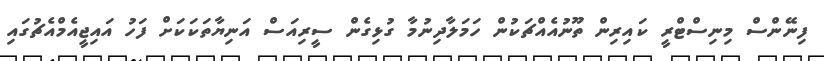
ފިނޭންސް މިނިސްޓްރީ ކައިރިން ތޫނުއެއްޗަކުން ހަމަލާދިނުމާ ގުޅިގެން ސީރިއަސް އަނިޔާތަކަކަށް ފަހު އައިޖީއެމްއެޗުގައި